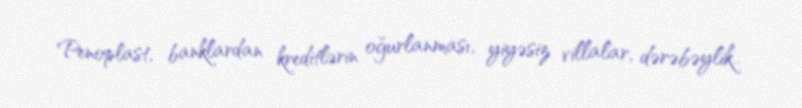
Penoplast, banklardan kreditlərin oğurlanması, yiyəsiz villalar, dərəbəylik..